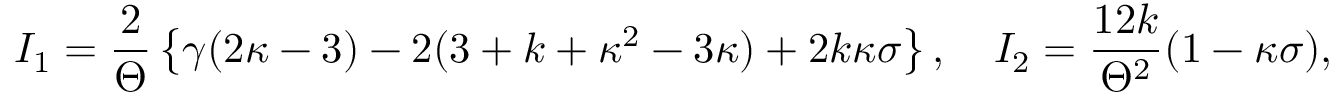
I _ { 1 } = \frac { 2 } { \Theta } \left\{ \gamma ( 2 \kappa - 3 ) - 2 ( 3 + k + \kappa ^ { 2 } - 3 \kappa ) + 2 k \kappa \sigma \right\} , \quad I _ { 2 } = \frac { 1 2 k } { \Theta ^ { 2 } } ( 1 - \kappa \sigma ) ,